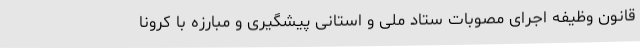
قانون وظیفه اجرای مصوبات ستاد ملی و استانی پیشگیری و مبارزه با کرونا